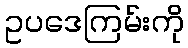
ဥပဒေကြမ်းကို